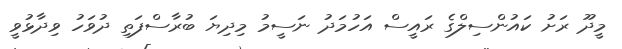
މީދޫ ރަށު ކައުންސިލްގެ ރައީސް އަހުމަދު ނަސީމު މިދިޔަ ބުރާސްފަތި ދުވަހު ވިދާޅުވީ